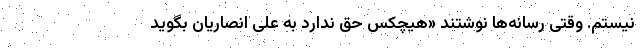
نیستم. وقتی رسانه‌ها نوشتند «هیچکس حق ندارد به علی انصاریان بگوید